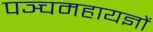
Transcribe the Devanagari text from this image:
पञ्चमहायज्ञों